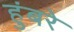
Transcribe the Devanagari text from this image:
हुंबरे